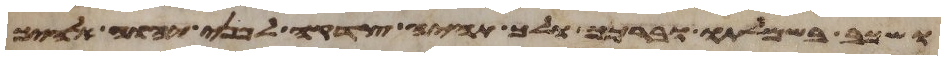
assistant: ושכב בשמלתו וברכך ולך תהיה צדקה לפני יהוה אלהיך